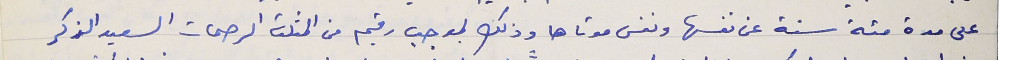
على مدة مئة سنة عن نفسها ونفس موتاها وذلك بموجب رقيم من المثلث الرحمات السعيد الذكر